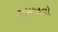
સમજાવો